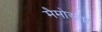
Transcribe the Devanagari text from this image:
मैमोअना